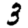
Digit: 3